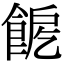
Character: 𩛪